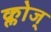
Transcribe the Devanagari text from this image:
क्लोज्